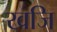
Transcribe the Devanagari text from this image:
खजि